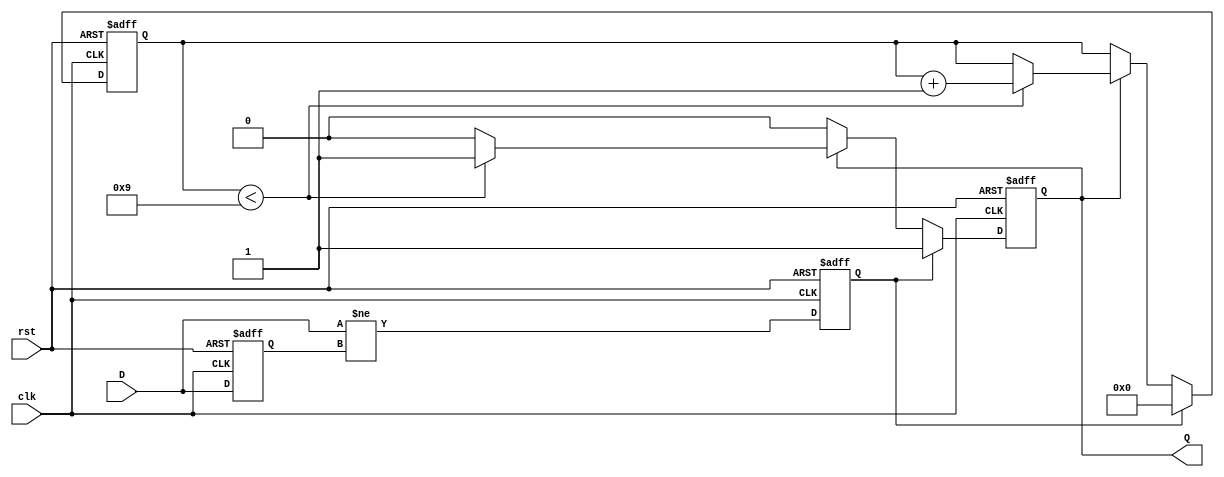
module monostable_edge_detector #(
    parameter PULSE_WIDTH = 10, // Pulse width in clock cycles
    parameter EDGE_TYPE = 2'b11 // 00: none, 01: rising, 10: falling, 11: both
) (
    input wire clk,      // Clock signal
    input wire rst,      // Reset signal
    input wire D,        // Input signal
    output reg Q         // Output pulse signal
);

    reg D_prev;          // Previous state of the input signal
    reg [3:0] pulse_counter; // Pulse width counter
    reg edge_detected;   // Edge detected flag

    // Edge detection logic
    always @(posedge clk or posedge rst) begin
        if (rst) begin
            D_prev <= 0;
            Q <= 0;
            edge_detected <= 0; // clear edge detect flag
            pulse_counter <= 0;  // Initialize pulse counter
        end else begin
            // Detect edge based on EDGE_TYPE parameter
            case (EDGE_TYPE)
                2'b01: // Rising edge
                    edge_detected <= (D == 1 && D_prev == 0);
                2'b10: // Falling edge
                    edge_detected <= (D == 0 && D_prev == 1);
                2'b11: // Both edges
                    edge_detected <= (D != D_prev);
                default:
                    edge_detected <= 0;
            endcase

            // Update previous state
            D_prev <= D;

            // Handle pulse generation
            if (edge_detected) begin
                Q <= 1;                 // Set output pulse high
                pulse_counter <= 0;     // Reset pulse counter
            end else if (Q) begin
                if (pulse_counter < PULSE_WIDTH - 1) begin
                    pulse_counter <= pulse_counter + 1; // Increment counter
                end else begin
                    Q <= 0; // Reset output pulse low after specified width
                end
            end
        end
    end

endmodule